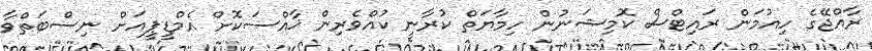
ރާއްޖޭގެ ހިއުމަން ރައިޓްސް ކޮމިޝަނުން ހިމާޔަތް ކުރާނީ ކުއްވެރިން ޚާއްސަކޮށް އެމްޑީޕީއަށް ނިސްބަތްވާ